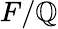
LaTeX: F/\mathbb{Q}